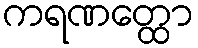
ကရဏတ္ထော